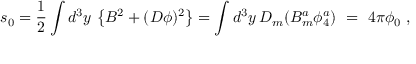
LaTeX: s _ { 0 } = \frac { 1 } { 2 } \int d ^ { 3 } y \, \left\{ B ^ { 2 } + ( D \phi ) ^ { 2 } \right\} = \int d ^ { 3 } y \, D _ { m } ( B _ { m } ^ { a } \phi _ { 4 } ^ { a } ) \ = \ 4 \pi \phi _ { 0 } \ ,